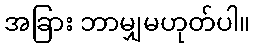
အခြား ဘာမျှမဟုတ်ပါ။